Plague in India, 1896, 1897 - Volume 3
Year: 1896
Disease focus: Plague
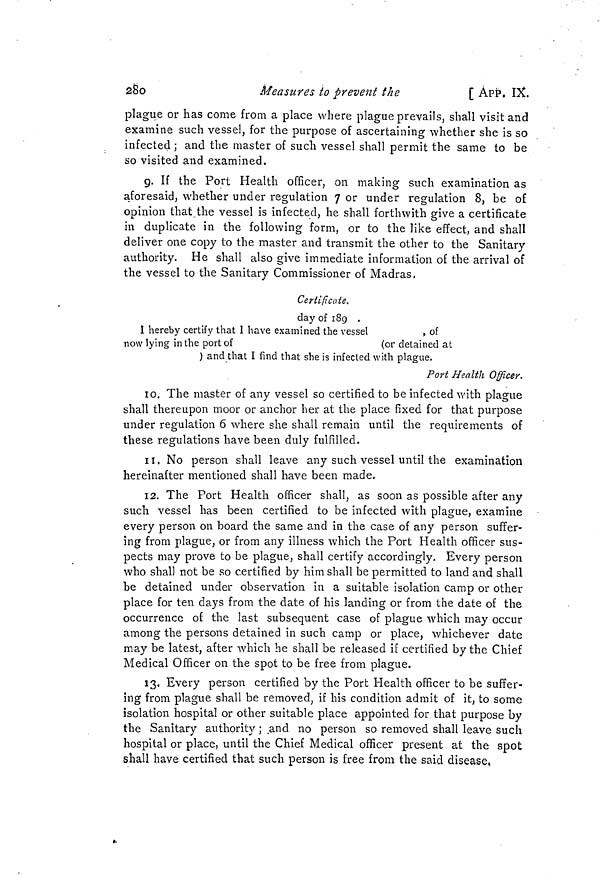
280
Measures to prevent the
[ APP. IX.
plague or has come from a place where plague prevails, shall visit and
examine such vessel, for the purpose of ascertaining whether she is so
infected ; and the master of such vessel shall permit the same to be
so visited and examined.
9. If the Port Health officer, on making such examination as
aforesaid, whether under regulation 7 or under regulation 8, be of
opinion that the vessel is infected, he shall forthwith give a certificate
in duplicate in the following form, or to the like effect, and shall
deliver one copy to the master and transmit the other to the Sanitary
authority. He shall also give immediate information of the arrival of
the vessel to the Sanitary Commissioner of Madras.
Certificate.
day of 189 .
I hereby certify that I have examined the vessel
, of
now lying in the port of
(or detained at
) and that I find that she is infected with plague.
Port Health Officer.
10. The master of any vessel so certified to be infected with plague
shall thereupon moor or anchor her at the place fixed for that purpose
under regulation 6 where she shall remain until the requirements of
these regulations have been duly fulfilled.
11. No person shall leave any such vessel until the examination
hereinafter mentioned shall have been made.
12. The Port Health officer shall, as soon as possible after any
such vessel has been certified to be infected with plague, examine
every person on board the same and in the case of any person suffer-
ing from plague, or from any illness which the Port Health officer sus-
pects may prove to be plague, shall certify accordingly. Every person
who shall not be so certified by him shall be permitted to land and shall
be detained under observation in a suitable isolation camp or other
place for ten days from the date of his landing or from the date of the
occurrence of the last subsequent case of plague which may occur
among the persons detained in such camp or place, whichever date
may be latest, after which he shall be released if certified by the Chief
Medical Officer on the spot to be free from plague.
13. Every person certified by the Port Health officer to be suffer-
ing from plague shall be removed, if his condition admit of it, to some
isolation hospital or other suitable place appointed for that purpose by
the Sanitary authority ; and no person so removed shall leave such
hospital or place, until the Chief Medical officer present at the spot
shall have certified that such person is free from the said disease,